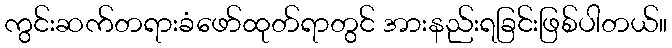
ကွင်းဆက်တရားခံဖော်ထုတ်ရာတွင် အားနည်းရခြင်းဖြစ်ပါတယ်။